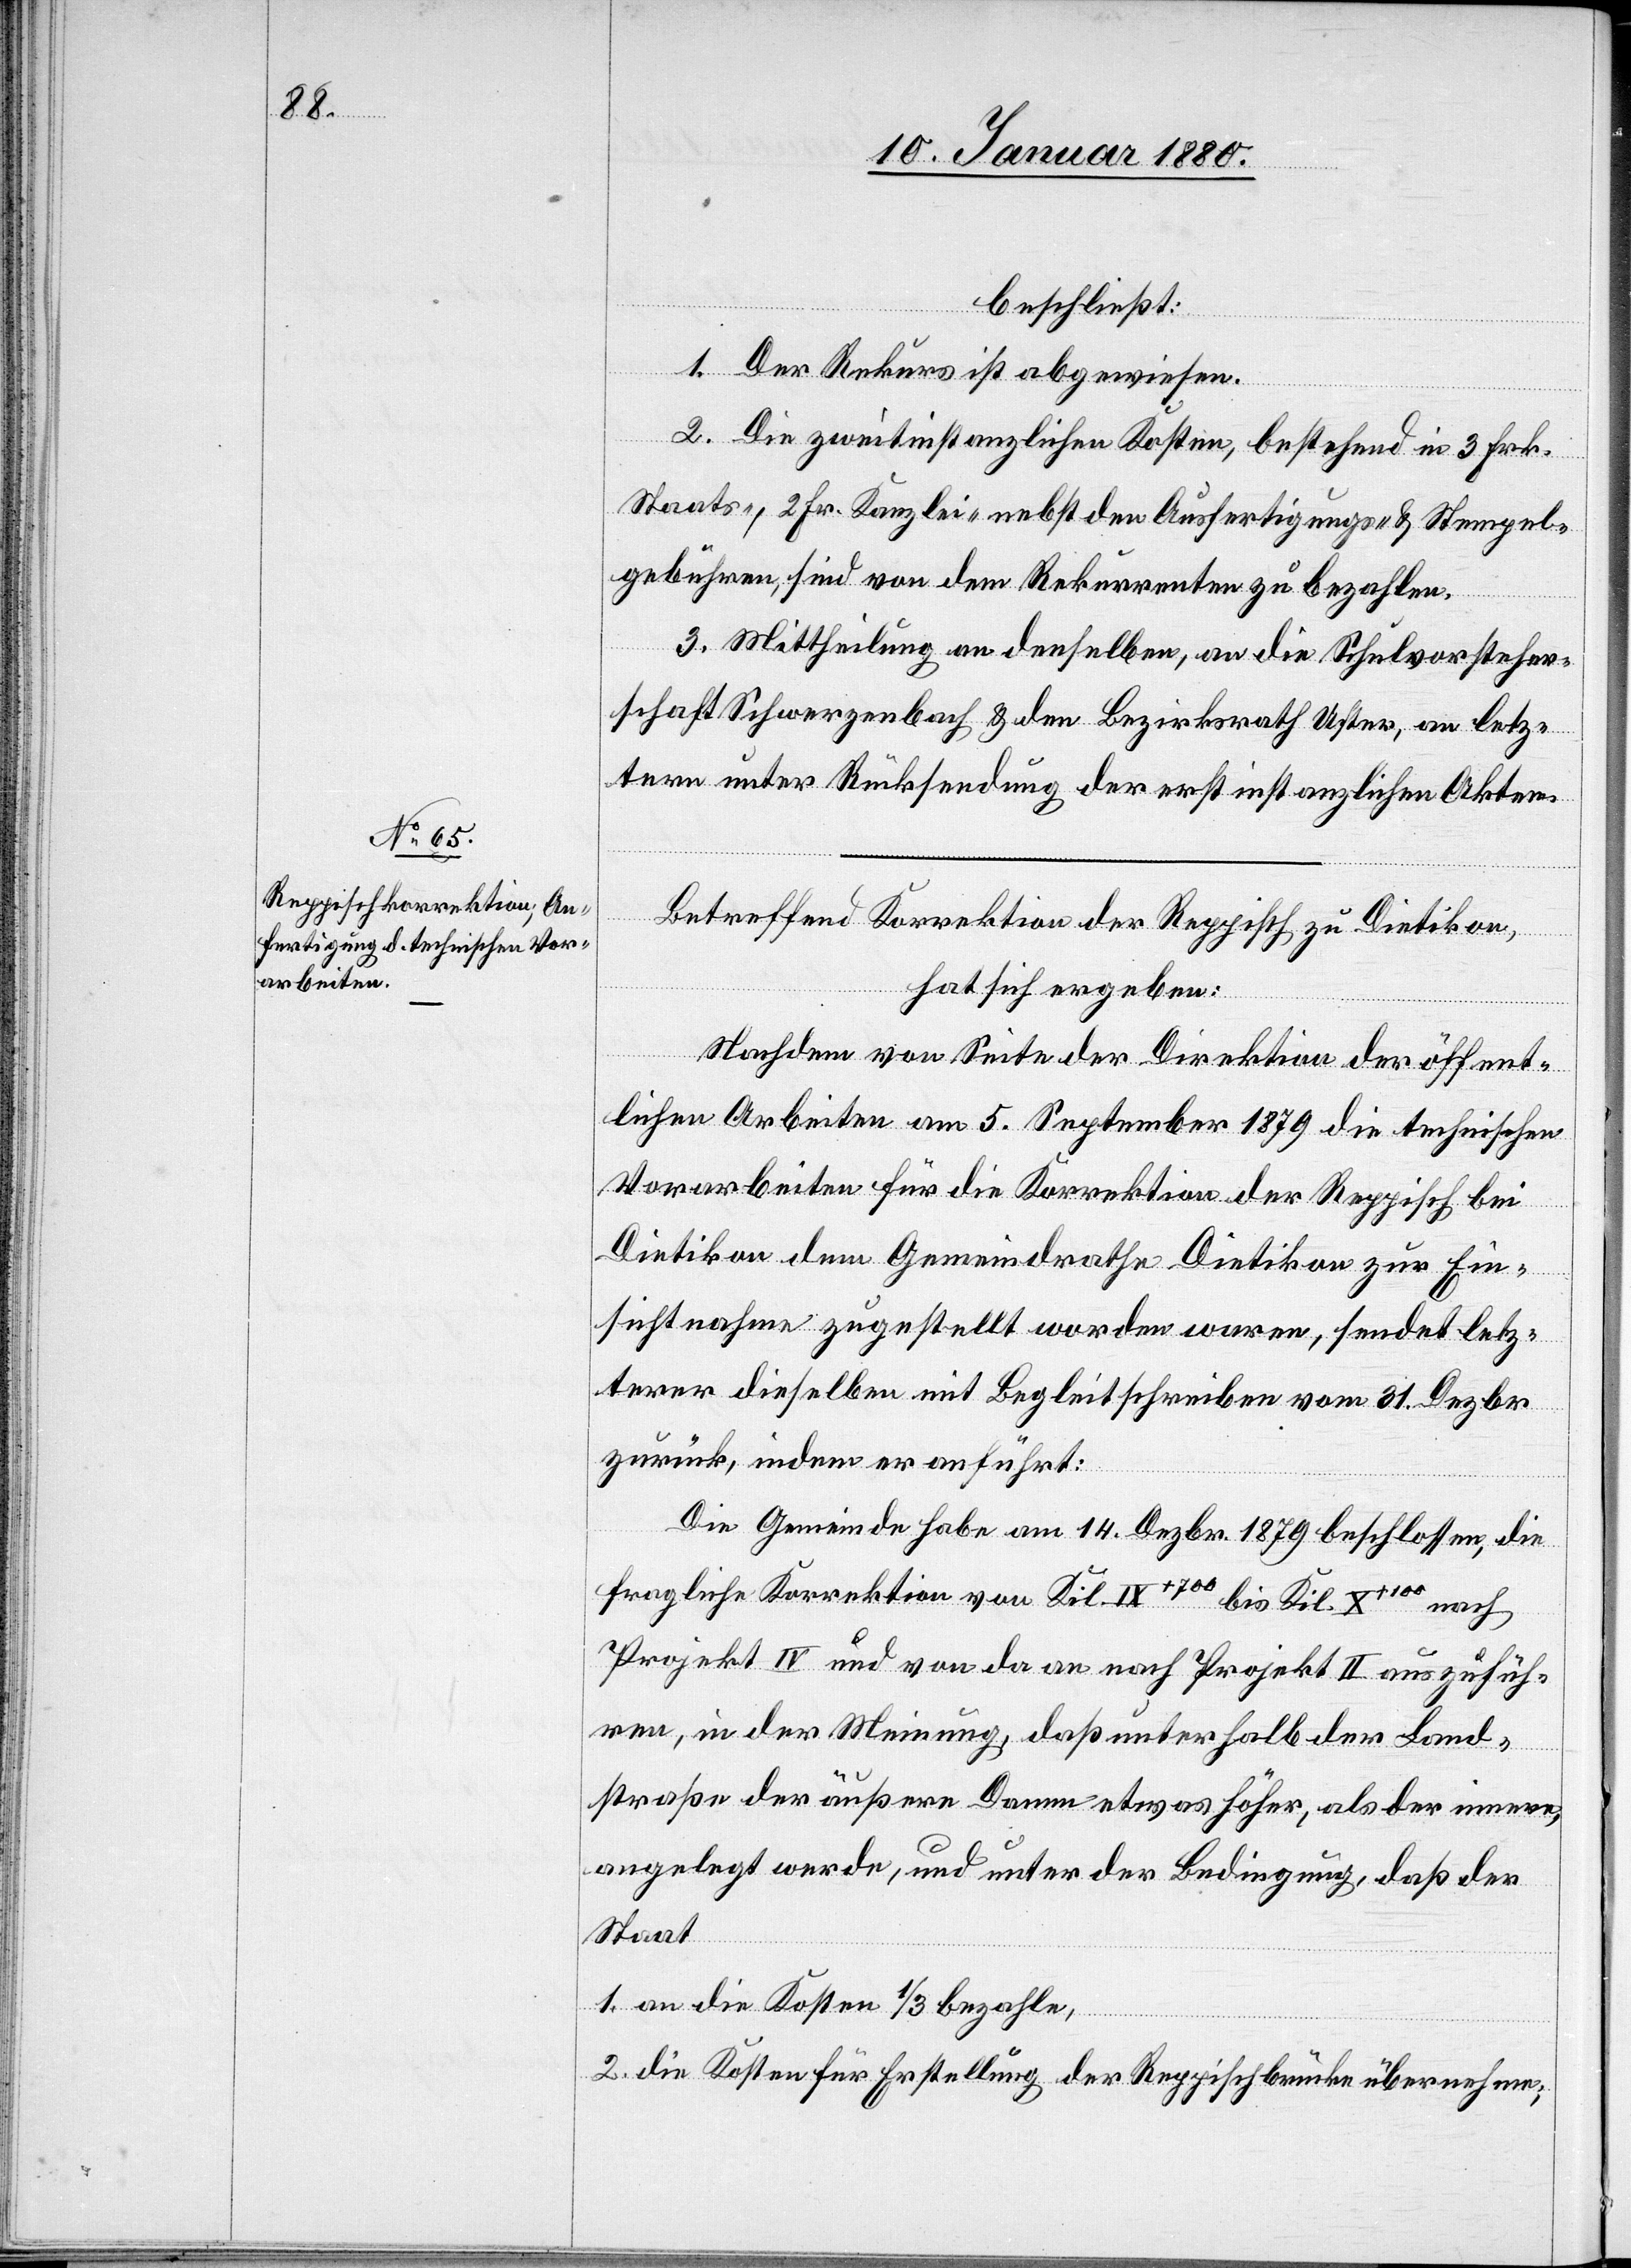
beschließ:
1. Der Rekurs ist abgewiesen.
2. Die zweitinstanzlichen Kosten, bestehend in 3 Frk.
Staats-, 2 Fr. Kanzlei- nebst den Ausfertigungs- & Stempel¬
gebühren, sind von dem Rekurrenten zu bezahlen.
3. Mittheilung an denselben, an die Schulvorsteher¬
schaft Schwerzenbach & den Bezirksrath Uster, an letz¬
tern unter Rücksendung der erstinstanzlichen Akten.
Betreffend Korrektion der Reppisch zu Dietikon,
hat sich ergeben:
Nachdem von Seite der Direktion der öffent¬
lichen Arbeiten am 5. September 1879 die technischen
Vorarbeiten für die Korrektion der Reppisch bei
Dietikon dem Gemeindrathe Dietikon zur Ein¬
sichtnahme zugestellt worden waren, sendet letz¬
terer dieselben mit Begleitschreiben vom 31. Dezbr.
zurück, indem er anführt:
Die Gemeinde habe am 14. Dezbr. 1879 beschlossen, die
fragliche Korrektion von Kil. XI+700 bis Kil. X+100 nach
Projekt IV und von da an nach Projekt II auszufüh¬
ren, in der Meinung, daß unterhalb der Land¬
straße der äußere Damm etwas höher, als der innere,
angelegt werde, und unter der Bedingung, daß der
Staat
1. an die Kosten 1/3 bezahle,
2. die Kosten für Erstellung der Reppischbrücke übernehme,